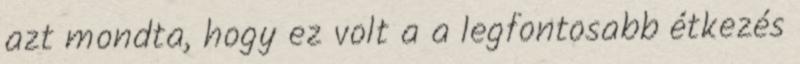
azt mondta, hogy ez volt a a legfontosabb étkezés